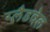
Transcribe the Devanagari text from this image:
ग्लैडवेल